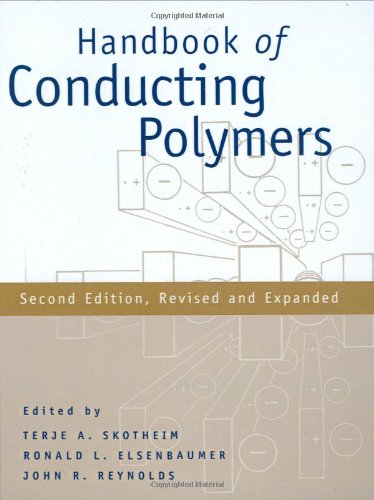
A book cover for Handbook of Conducting Polymers, 2nd Revised and Expanded Edition; Science & Math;